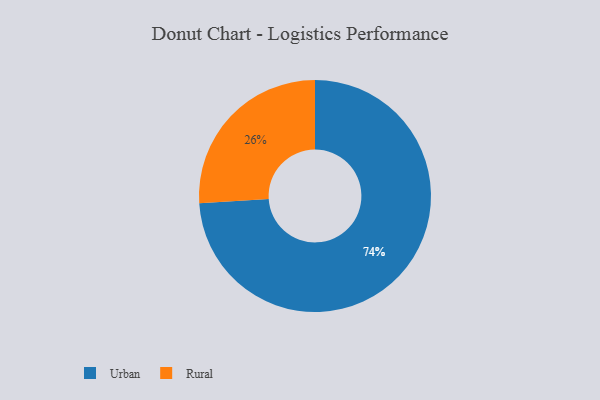
{"axis": {"x": "Category", "y": "Percentage"}, "legend": ["Rural", "Urban"], "data": [{"x": "Urban", "y": 74, "type": "Urban"}, {"x": "Rural", "y": 26, "type": "Rural"}]}